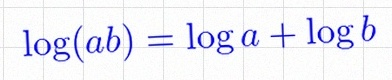
\log(ab)=\log a+\log b